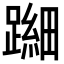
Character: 𬧐